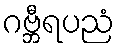
ဂဗ္ဘီရပညံ